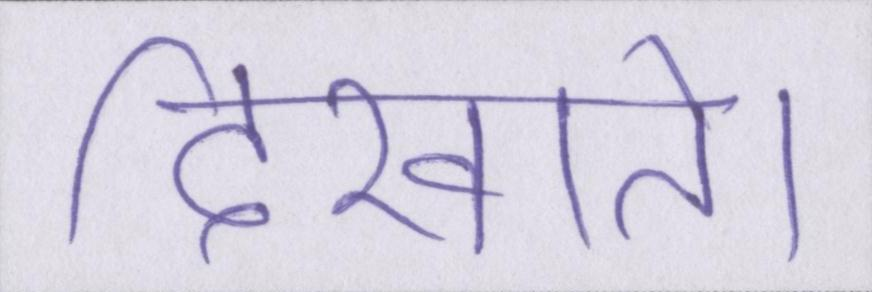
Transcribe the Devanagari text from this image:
दिखाते।